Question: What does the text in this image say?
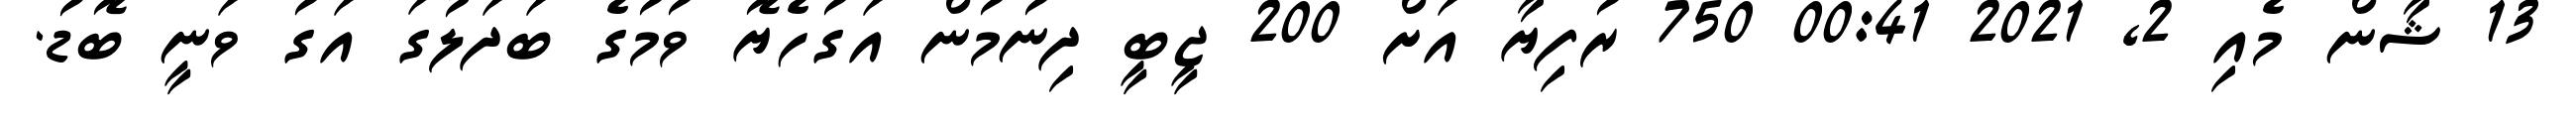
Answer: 13 ޝާން މެއި 2, 2021 00:41 750 ރުފިޔާ އަށް 200 ޖީބީ ދިނުމުން އަގުހެޔޮ ވުމުގެ ބަދަލުގަ އަގު ވަނީ ބޮޑު.